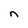
Character: n